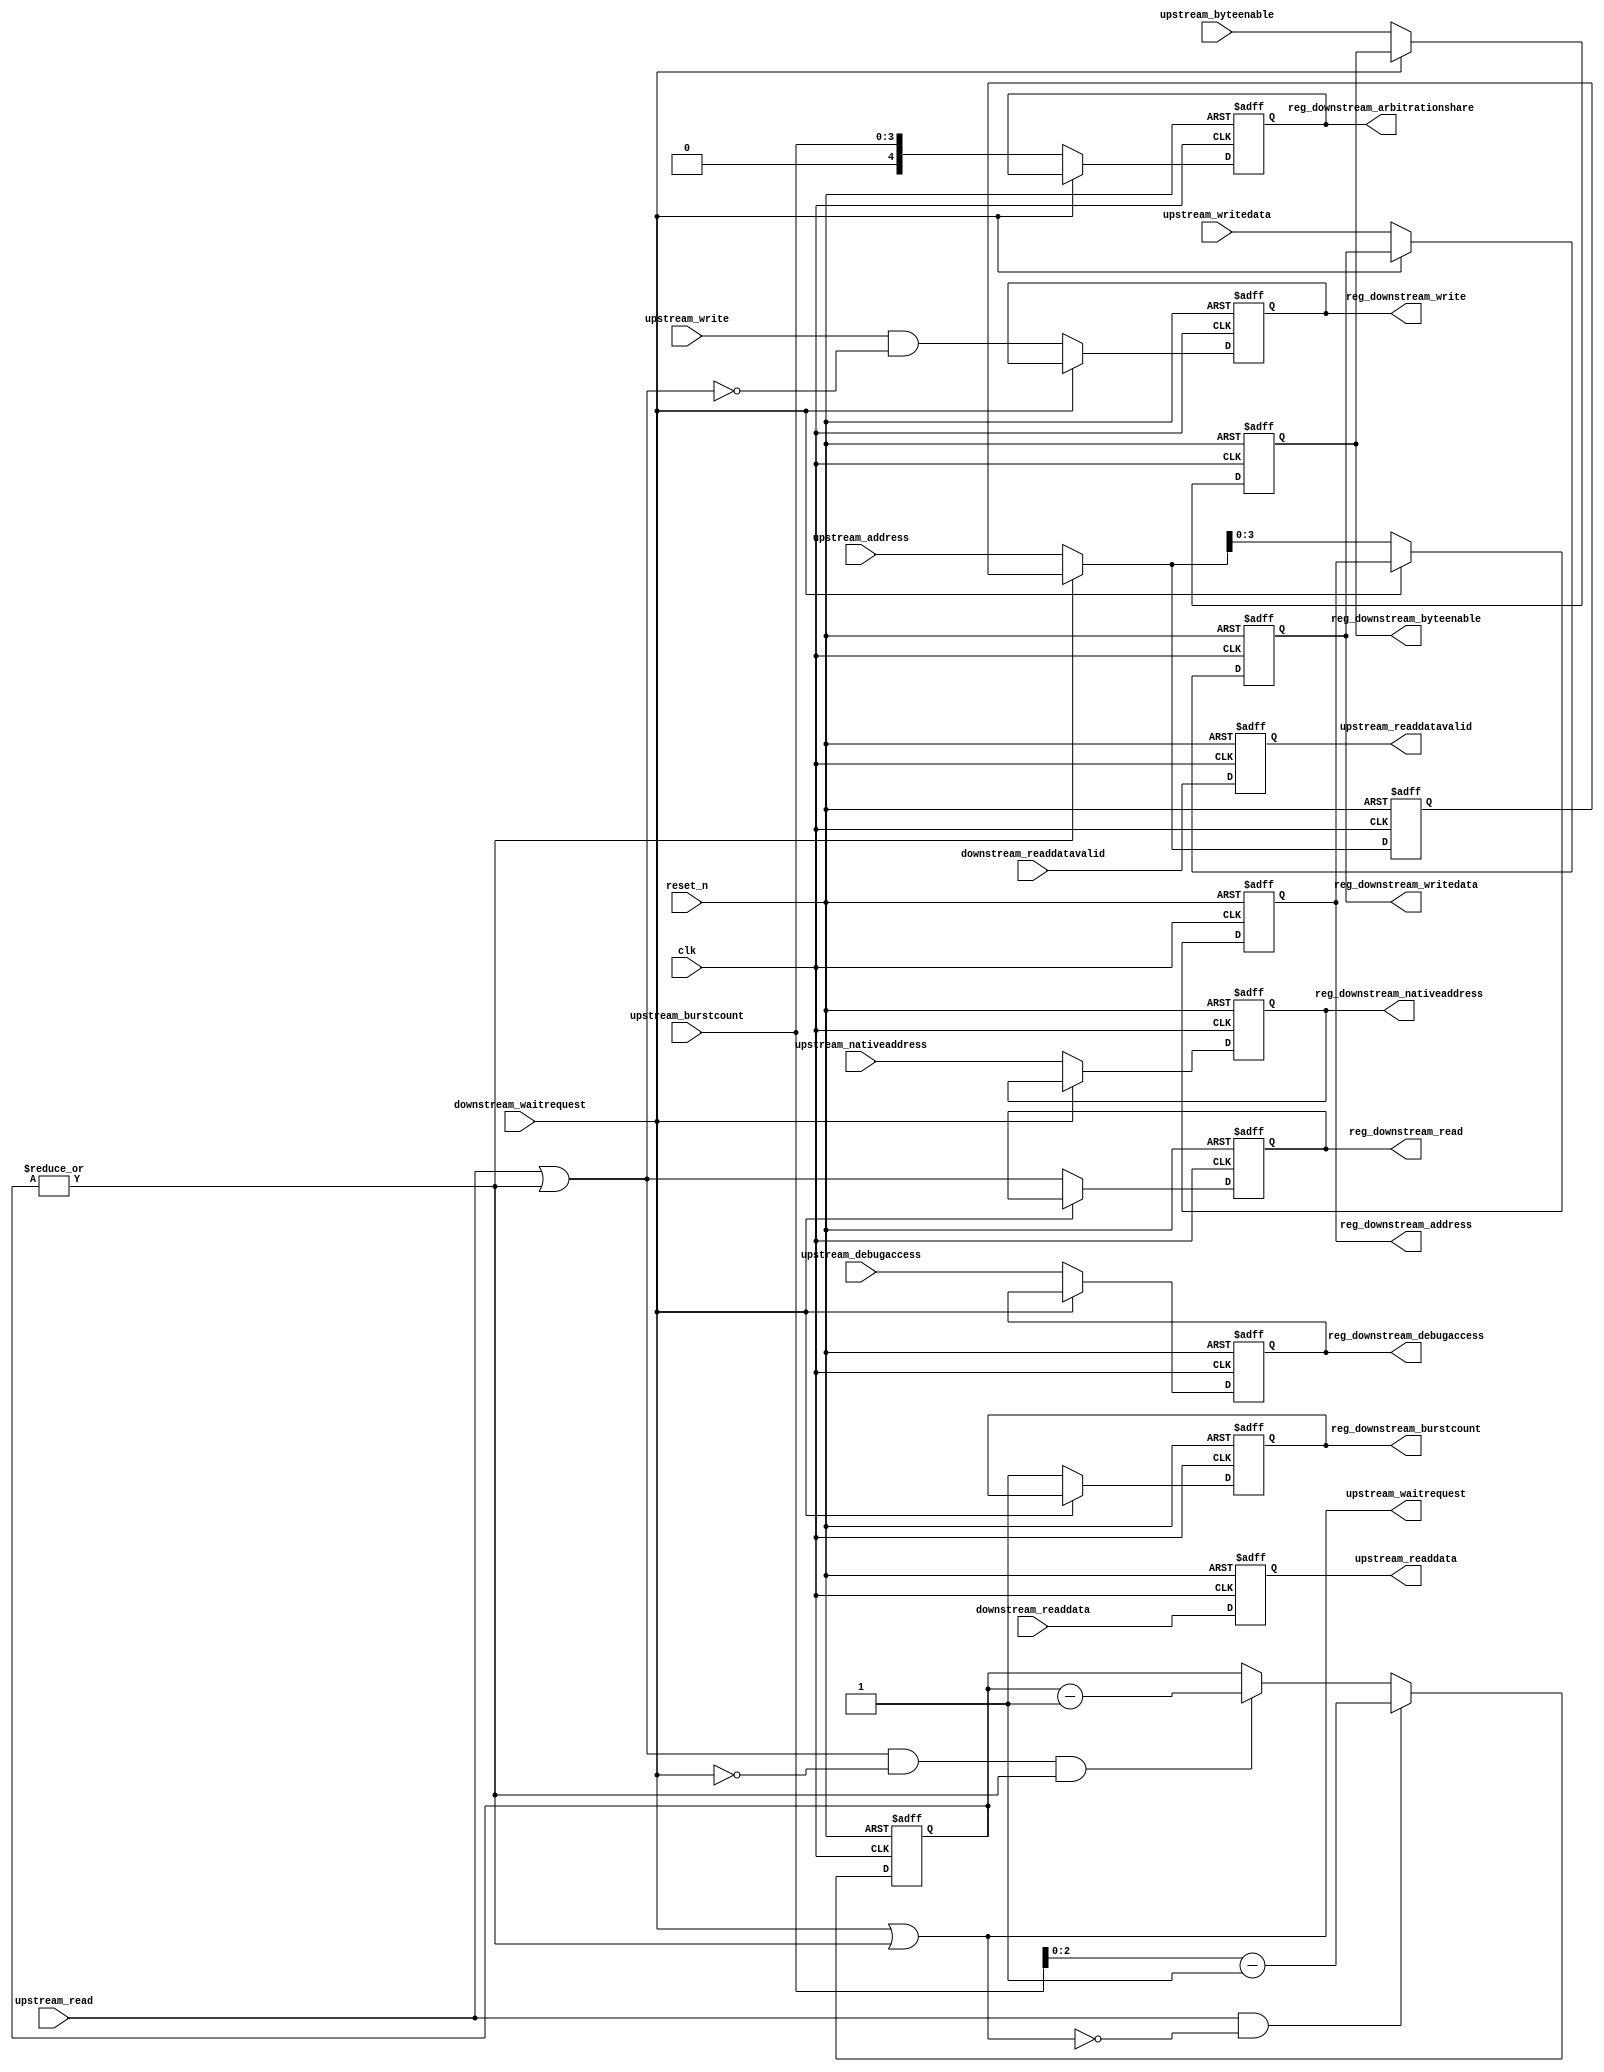
//Legal Notice: (C)2007 Altera Corporation. All rights reserved.  Your
//use of Altera Corporation's design tools, logic functions and other
//software and tools, and its AMPP partner logic functions, and any
//output files any of the foregoing (including device programming or
//simulation files), and any associated documentation or information are
//expressly subject to the terms and conditions of the Altera Program
//License Subscription Agreement or other applicable license agreement,
//including, without limitation, that your use is for the sole purpose
//of programming logic devices manufactured by Altera and sold by Altera
//or its authorized distributors.  Please refer to the applicable
//agreement for further details.

// synthesis translate_off
`timescale 1ns / 1ps
// synthesis translate_on

// turn off superfluous verilog processor warnings 
// altera message_level Level1 
// altera message_off 10034 10035 10036 10037 10230 10240 10030 

//
//Burst adapter parameters:
//adapter is mastered by: cpu/data_master
//adapter masters: sys_clk_timer/s1
//asp_debug: 0
//byteaddr_width: 5
//ceil_data_width: 16
//data_width: 16
//dbs_shift: 1
//dbs_upstream_burstcount_width: 5
//downstream_addr_shift: 1
//downstream_burstcount_width: 1
//downstream_max_burstcount: 1
//downstream_pipeline: 1
//dynamic_slave: 0
//master_always_burst_max_burst: 0
//master_burst_on_burst_boundaries_only: 1
//master_data_width: 32
//master_interleave: 0
//master_linewrap_bursts: 0
//nativeaddr_width: 4
//slave_always_burst_max_burst: 0
//slave_burst_on_burst_boundaries_only: 0
//slave_interleave: 0
//slave_linewrap_bursts: 0
//upstream_burstcount: upstream_burstcount
//upstream_burstcount_width: 4
//upstream_max_burstcount: 8
//zero_address_width: 0


module burst_10 (
                  // inputs:
                   clk,
                   downstream_readdata,
                   downstream_readdatavalid,
                   downstream_waitrequest,
                   reset_n,
                   upstream_address,
                   upstream_burstcount,
                   upstream_byteenable,
                   upstream_debugaccess,
                   upstream_nativeaddress,
                   upstream_read,
                   upstream_write,
                   upstream_writedata,

                  // outputs:
                   reg_downstream_address,
                   reg_downstream_arbitrationshare,
                   reg_downstream_burstcount,
                   reg_downstream_byteenable,
                   reg_downstream_debugaccess,
                   reg_downstream_nativeaddress,
                   reg_downstream_read,
                   reg_downstream_write,
                   reg_downstream_writedata,
                   upstream_readdata,
                   upstream_readdatavalid,
                   upstream_waitrequest
                )
;

  output  [  3: 0] reg_downstream_address;
  output  [  4: 0] reg_downstream_arbitrationshare;
  output           reg_downstream_burstcount;
  output  [  1: 0] reg_downstream_byteenable;
  output           reg_downstream_debugaccess;
  output  [  3: 0] reg_downstream_nativeaddress;
  output           reg_downstream_read;
  output           reg_downstream_write;
  output  [ 15: 0] reg_downstream_writedata;
  output  [ 15: 0] upstream_readdata;
  output           upstream_readdatavalid;
  output           upstream_waitrequest;
  input            clk;
  input   [ 15: 0] downstream_readdata;
  input            downstream_readdatavalid;
  input            downstream_waitrequest;
  input            reset_n;
  input   [  4: 0] upstream_address;
  input   [  3: 0] upstream_burstcount;
  input   [  1: 0] upstream_byteenable;
  input            upstream_debugaccess;
  input   [  3: 0] upstream_nativeaddress;
  input            upstream_read;
  input            upstream_write;
  input   [ 15: 0] upstream_writedata;

  wire    [  4: 0] current_upstream_address;
  wire    [  3: 0] downstream_address;
  wire    [  4: 0] downstream_arbitrationshare;
  wire             downstream_burstcount;
  wire    [  1: 0] downstream_byteenable;
  wire             downstream_debugaccess;
  wire    [  3: 0] downstream_nativeaddress;
  wire             downstream_read;
  wire             downstream_write;
  wire    [ 15: 0] downstream_writedata;
  reg     [  3: 0] reg_downstream_address;
  reg     [  4: 0] reg_downstream_arbitrationshare;
  reg              reg_downstream_burstcount;
  reg     [  1: 0] reg_downstream_byteenable;
  reg              reg_downstream_debugaccess;
  reg     [  3: 0] reg_downstream_nativeaddress;
  reg              reg_downstream_read;
  reg              reg_downstream_write;
  reg     [ 15: 0] reg_downstream_writedata;
  reg     [  4: 0] registered_upstream_address;
  wire             sync_nativeaddress;
  reg     [  2: 0] transactions_remaining;
  reg     [ 15: 0] upstream_readdata;
  reg              upstream_readdatavalid;
  wire             upstream_waitrequest;
  assign sync_nativeaddress = |upstream_nativeaddress;
  //downstream, which is an e_avalon_master
  //upstream, which is an e_avalon_slave
  always @(posedge clk or negedge reset_n)
    begin
      if (reset_n == 0)
          registered_upstream_address <= 0;
      else if (~|transactions_remaining)
          registered_upstream_address <= upstream_address;
    end


  assign current_upstream_address = ~|transactions_remaining ? upstream_address : registered_upstream_address;
  always @(posedge clk or negedge reset_n)
    begin
      if (reset_n == 0)
          transactions_remaining <= 0;
      else if (1)
          transactions_remaining <= (upstream_read & ~upstream_waitrequest) ? (upstream_burstcount - 1) : (downstream_read & ~downstream_waitrequest & (|transactions_remaining)) ? (transactions_remaining - downstream_burstcount) : transactions_remaining;
    end


  assign downstream_burstcount = 1;
  assign downstream_arbitrationshare = upstream_burstcount;
  assign downstream_address = current_upstream_address;
  assign downstream_nativeaddress = upstream_nativeaddress;
  assign downstream_read = upstream_read | (|transactions_remaining);
  always @(posedge clk or negedge reset_n)
    begin
      if (reset_n == 0)
          upstream_readdatavalid <= 0;
      else if (1)
          upstream_readdatavalid <= downstream_readdatavalid;
    end


  always @(posedge clk or negedge reset_n)
    begin
      if (reset_n == 0)
          upstream_readdata <= 0;
      else if (1)
          upstream_readdata <= downstream_readdata;
    end


  assign downstream_write = upstream_write & !downstream_read;
  assign downstream_byteenable = upstream_byteenable;
  assign downstream_writedata = upstream_writedata;
  assign upstream_waitrequest = downstream_waitrequest | (|transactions_remaining);
  assign downstream_debugaccess = upstream_debugaccess;
  always @(posedge clk or negedge reset_n)
    begin
      if (reset_n == 0)
          reg_downstream_address <= 0;
      else if (~downstream_waitrequest)
          reg_downstream_address <= downstream_address;
    end


  always @(posedge clk or negedge reset_n)
    begin
      if (reset_n == 0)
          reg_downstream_arbitrationshare <= 0;
      else if (~downstream_waitrequest)
          reg_downstream_arbitrationshare <= downstream_arbitrationshare;
    end


  always @(posedge clk or negedge reset_n)
    begin
      if (reset_n == 0)
          reg_downstream_burstcount <= 0;
      else if (~downstream_waitrequest)
          reg_downstream_burstcount <= downstream_burstcount;
    end


  always @(posedge clk or negedge reset_n)
    begin
      if (reset_n == 0)
          reg_downstream_byteenable <= 0;
      else if (~downstream_waitrequest)
          reg_downstream_byteenable <= downstream_byteenable;
    end


  always @(posedge clk or negedge reset_n)
    begin
      if (reset_n == 0)
          reg_downstream_debugaccess <= 0;
      else if (~downstream_waitrequest)
          reg_downstream_debugaccess <= downstream_debugaccess;
    end


  always @(posedge clk or negedge reset_n)
    begin
      if (reset_n == 0)
          reg_downstream_nativeaddress <= 0;
      else if (~downstream_waitrequest)
          reg_downstream_nativeaddress <= downstream_nativeaddress;
    end


  always @(posedge clk or negedge reset_n)
    begin
      if (reset_n == 0)
          reg_downstream_read <= 0;
      else if (~downstream_waitrequest)
          reg_downstream_read <= downstream_read;
    end


  always @(posedge clk or negedge reset_n)
    begin
      if (reset_n == 0)
          reg_downstream_write <= 0;
      else if (~downstream_waitrequest)
          reg_downstream_write <= downstream_write;
    end


  always @(posedge clk or negedge reset_n)
    begin
      if (reset_n == 0)
          reg_downstream_writedata <= 0;
      else if (~downstream_waitrequest)
          reg_downstream_writedata <= downstream_writedata;
    end



endmodule